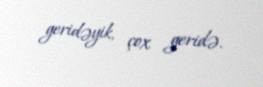
geridəyik, çox geridə.